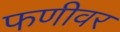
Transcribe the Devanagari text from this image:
फणीवर